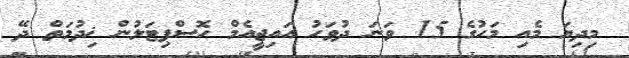
މިދިޔަ މެއި މަހުގެ 15 ވަނަ ދުވަހު އައިޖީއެމް ހޮސްޕިޓަލުން ޚިދުމަތް ދޭ